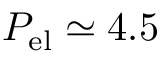
P _ { \mathrm { e l } } \simeq 4 . 5